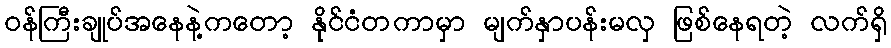
ဝန်ကြီးချုပ်အနေနဲ့ကတော့ နိုင်ငံတကာမှာ မျက်နှာပန်းမလှ ဖြစ်နေရတဲ့ လက်ရှိ